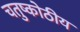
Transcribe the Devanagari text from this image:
चतुष्कोठीय